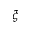
\xi